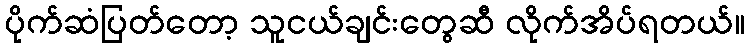
ပိုက်ဆံပြတ်တော့ သူငယ်ချင်းတွေဆီ လိုက်အိပ်ရတယ်။